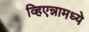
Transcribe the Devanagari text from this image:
व्हिएन्नामध्ये